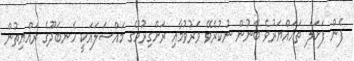
ފެން ފަށަލަ ތަޣައްޔަރުވެ ބޭނުން ނުކުރެވޭ ވަރުވުމާއި ރަށްގިރުމުގެ މައްސަލައަކީ ހެނބަދޫގެ ރައްޔިތުން